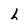
Character: h